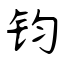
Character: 钧